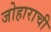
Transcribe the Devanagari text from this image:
जोहाराची